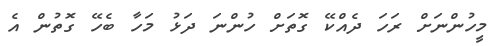
މީހުންނަށް ރަހަ ދެއްކޭ ގޮތަށް ހުންނަ ދަޅު މަހާ ބެހޭ ގޮތުން އެ